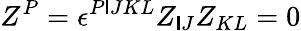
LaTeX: Z^{P}=\epsilon^{P\mathsf{I}JKL}Z_{\mathsf{I}J}Z_{KL}=0